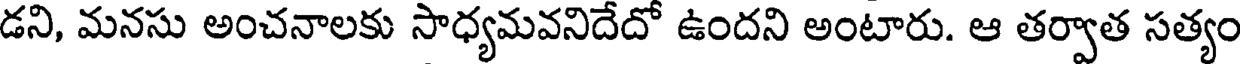
డని, మనసు అంచనాలకు సాధ్యమవనిదేదో ఉందని అంటారు. ఆ తర్వాత సత్యం